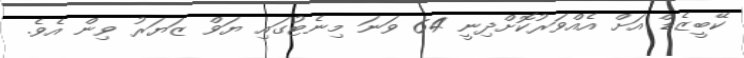
ކޭބީޒެޑް އަށް އެއްވަރުކޮށްދިނީ 64 ވަނަ މިނެޓުގައި ޔަވް ޒަޔަރު ވިން އެވެ.